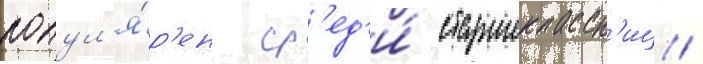
попул'я́р'ен ср'ед'и́ старшеклассн'иц /